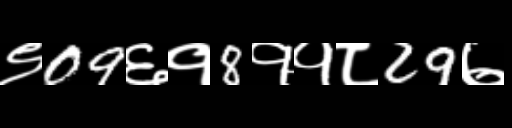
Text: ९09६१8११८29७